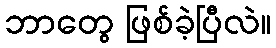
ဘာတွေ ဖြစ်ခဲ့ပြီလဲ။